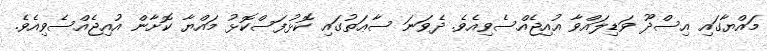
މައްޔާގައި އިސްދޫ ވަޑިލައްވާ އުއިޖެއްސެވިއެވެ. ދެވަނަ ސާޢަތުގައި ކޮޅުފަސްކޮޅު މައްޔާ ކޮށާން އުއިޖެއްސެވިއެވެ.